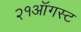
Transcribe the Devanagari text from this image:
२१ऑगस्ट